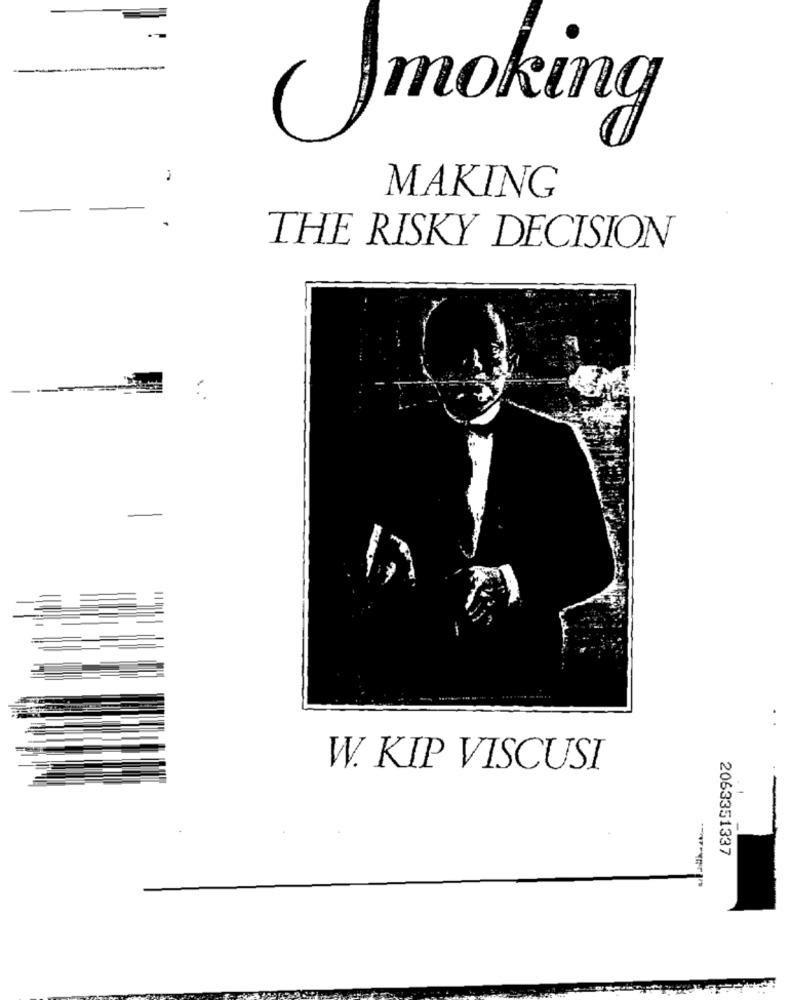
moking
MAKING
THE RISKY DECISION
W. KIP VISCUSI
2063351337